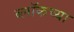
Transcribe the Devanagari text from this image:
ब्लॉकच्या